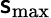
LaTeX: \mathsf{s}_{\mathrm{{max}}}